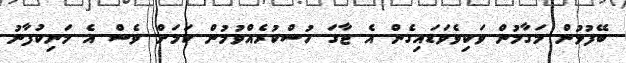
ބޭފުޅުން މަގާމުން ވަކިވެވަޑައިގެން އެ ޖާގަ ހުސްކުރެއްވުމުން ކަމަށް ވެސް އެ މަނިކުފާނު